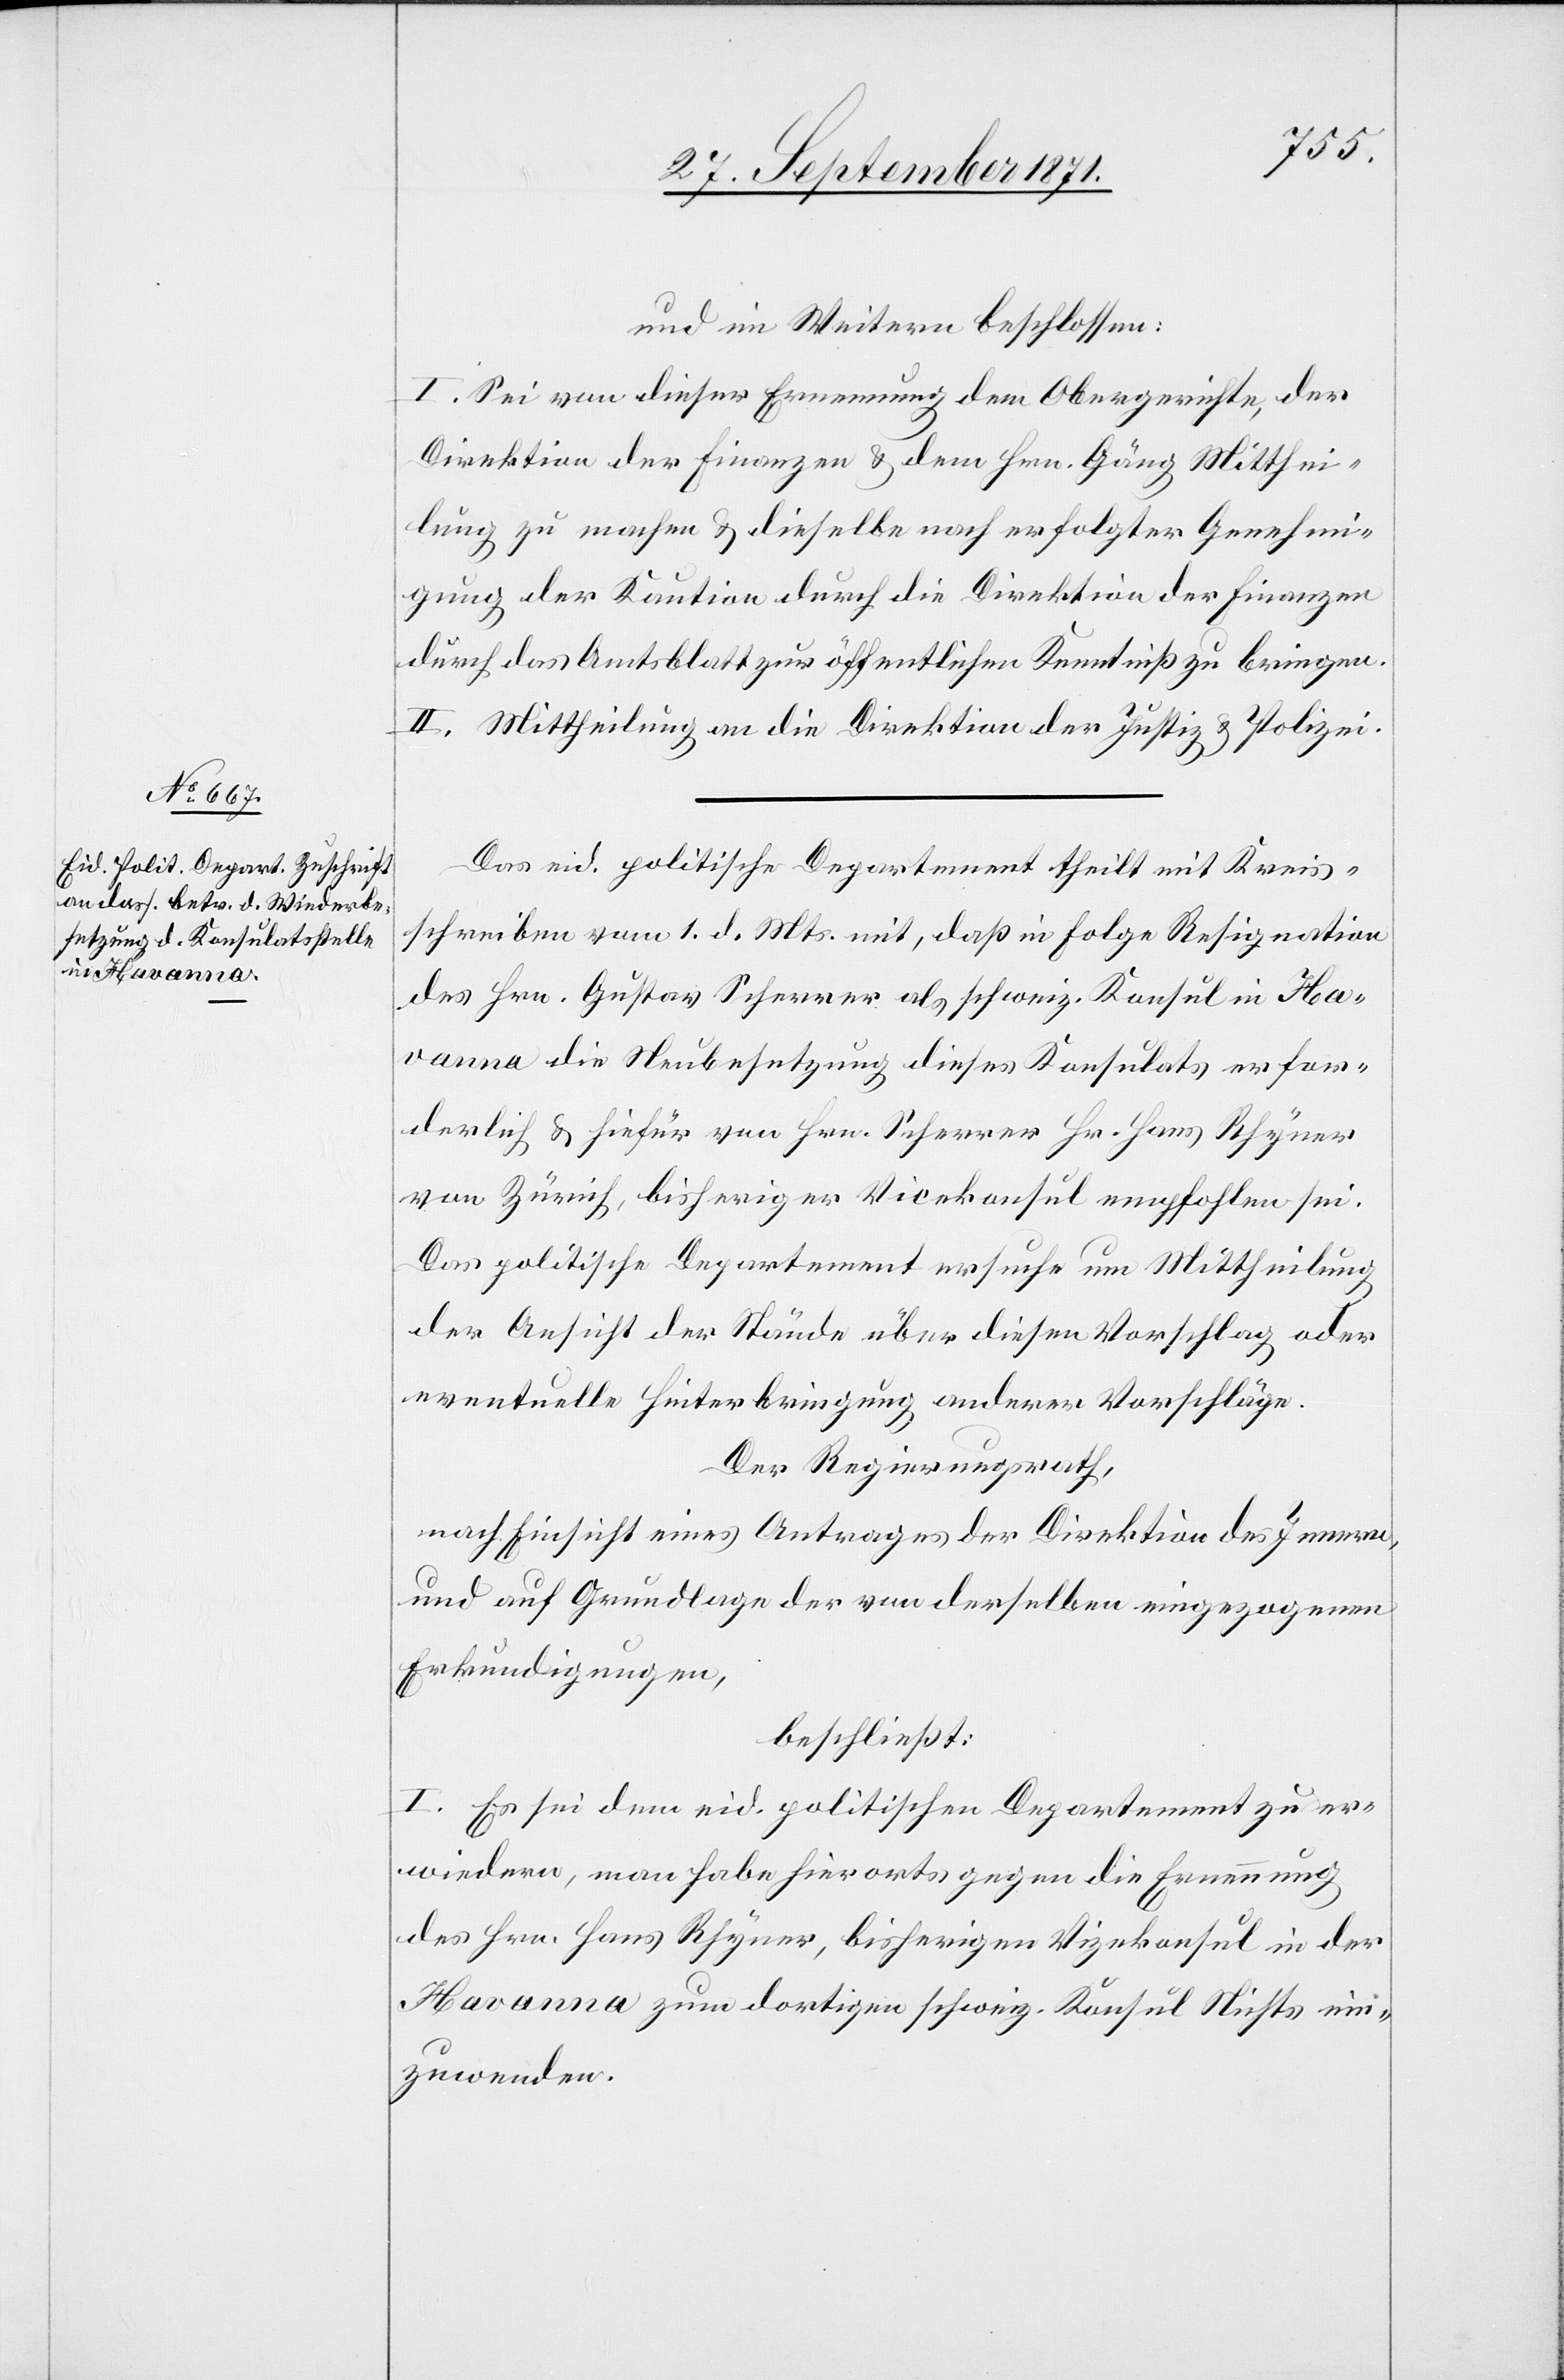
und im Weitern beschlossen:
I. Sei von dieser Ernennung dem Obergerichte, der
Direktion der Finanzen & dem Hrn. Gäng Mitthei¬
lung zu machen & dieselbe nach erfolgter Genehmi¬
gung der Kaution durch die Direktion der Finanzen
durch das Amtsblatt zur öffentlichen Kenntniß zu bringen.
II. Mittheilung an die Direktion der Justiz & Polizei.
Das eid. politische Departement theilt mit Kreis¬
schreiben vom 1. d. Mts. mit, daß in Folge Resignation
des Hrn. Gustav Scherrer als schweiz. Konsul in Ha¬
vanna die Neubesetzung dieses Konsulats erfor¬
derlich & hiefür von Hrn. Scherrer Hr. Hans Rhyner
von Zürich, bisheriger Vicekonsul empfohlen sei.
Das politische Departement ersuche um Mittheilung
der Ansicht der Stände über diesen Vorschlag oder
eventuelle Hinterbringung anderer Vorschläge.
Der Regierungsrath,
nach Einsicht eines Antrages der Direktion des Innern,
und auf Grundlage der von derselben eingezogenen
Erkundigungen,
beschließt:
I. Es sei dem eid. politischen Departement zu er¬
wiedern, man habe hierorts gegen die Ernennung
des Hrn. Hans Rhyner, bisheriger Vizekonsul in der
Havanna zum dortigen schweiz. Konsul Nichts ein¬
zuwenden.